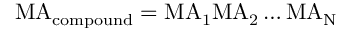
\mathrm { M A } _ { \mathrm { c o m p o u n d } } = \mathrm { M A } _ { 1 } \mathrm { M A } _ { 2 } \ldots \mathrm { M A } _ { \mathrm { N } }